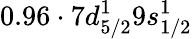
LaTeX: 0.96\cdot 7d_{5/2}^{1}9s_{1/2}^{1}